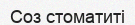
Cоз стоматиті